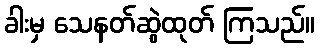
ခါးမှ သေနတ်ဆွဲထုတ် ကြသည်။